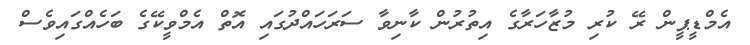
އެމްޑީޕީން ރޭ ކުރި މުޒާހަރާގެ އިތުރުން ކާނިވާ ސަރަހައްދުގައި އޮތް އެމްވީކޭގެ ބަހެއްގައިވެސް